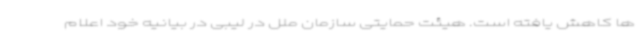
ها کاهش یافته است. هیئت حمایتی سازمان ملل در لیبی در بیانیه خود اعلام